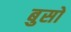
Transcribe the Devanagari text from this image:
बुसो